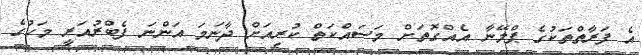
އެ ފަރާތްތަކުގެ ޕްލޭނާ އެއްގޮތަށް މަސައްކަތް ކުރިއަށް ދާނަމަ އަންނަ ފެބްރުއަރީ މަހުގެ